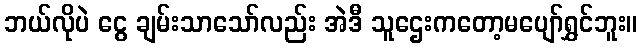
ဘယ်လိုပဲ ငွေ ချမ်းသာသော်လည်း အဲဒီ သူဌေးကတော့မပျော်ရွှင်ဘူး။